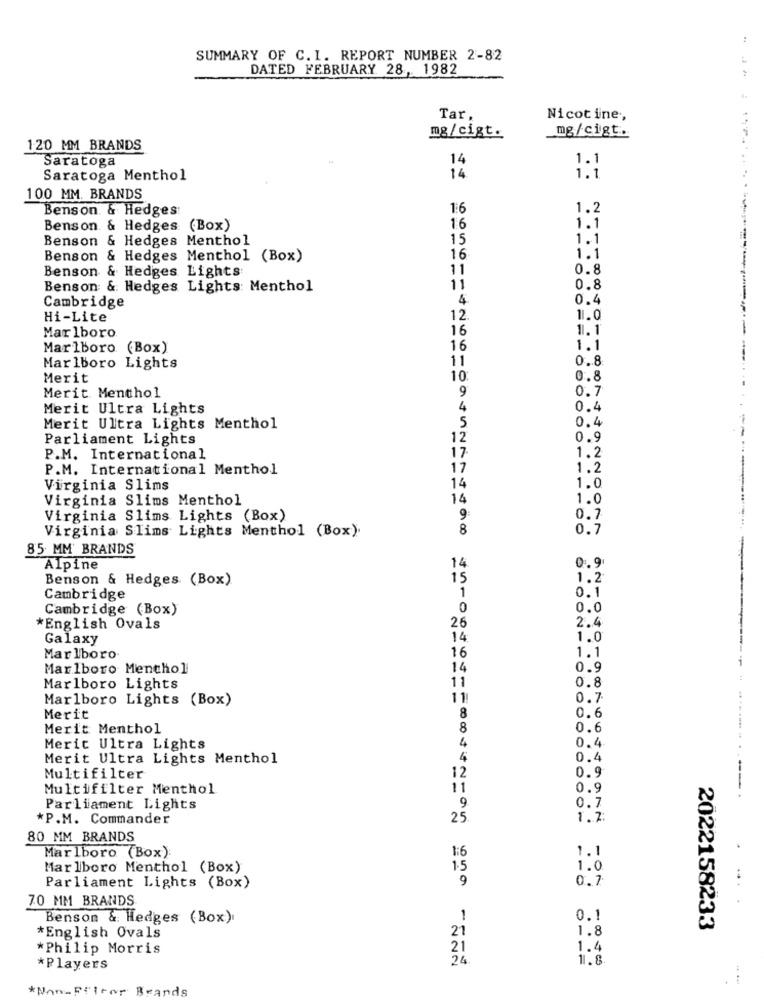
SUMMARY OF C. I. REPORT NUMBER 2-82
DATED FEBRUARY 28, 1982
Tar
Nicotine,
mg/cigt ...
mg/cigt.
120 MM BRANDS
Saratoga
14
14
1.1
14
Saratoga Menthol
1.1
100 MM. BRANDS
Benson & Hedges
16
1.2
Benson & Hedges (Box)
16
1.1
Benson & Hedges Menthol
15
1.1
Benson & Hedges Menthol (Box)
16
1.1
Benson & Hedges Lights
11
0.8
Benson & Hedges Lights: Menthol
11
0.8
4
0.4
Cambridge
Hi-Lite
12
11.0
16
1.1
Marlboro.
Marlboro (Box)
16
1.1
11
0.8
Marlboro Lights
Merit
10
0.8
9
0.7
Merit Menthol
Merit Ultra Lights
4
0.4
0.4
Merit Ultra Lights Menthol
5
Parliament Lights
12
0.9
1.2
P.M. International
17
P.M. International Menthol
17
1.2
14
Virginia Slims
1.0
Virginia Slims Menthol
14
1.0
Virginia Slims Lights (Box)
9
0.7
Virginia Slims Lights Menthol (Box).
8
0.7
85 MM BRANDS
-
0.9
Alpine
14
Benson & Hedges (Box)
15
1.2
1
0.1
Cambridge
Cambridge (Box)
0
0.0
26
2.4
*English Ovals
Galaxy
14
1.0
16
1.1
Marlboro
Marlboro Menthol
14
0.9
0.8
-----
Marlboro Lights
11
Marlboro Lights (Box)
11
0.7
Merit
8
0.6
Merit Menthol
8
0.6
Merit Ultra Lights
4
0.4
Merit Ultra Lights Menthol
4
0.4
0.9
Multifilter
12
Multifilter Menthol
11
0.9
0.7
Parliament Lights
9.
*P.M. Commander
25
1.2.
80 MM BRANDS
1:6
1.1
Marlboro (Box)
Marlboro Menthol (Box)
1.5
1.0
9
0.7
Parliament Lights (Box)
70 MM BRANDS
Benson & Hedges (Box)
1
0.1
1.8
2022158233
*English Ovals
21
*Philip Morris
21
1.4
24
11.8
*Players
*Man_Fileor Brands